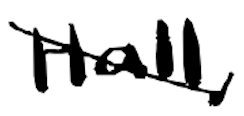
Text: Hall,
Cross-out: diagonal
Writing tool: digital_black